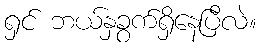
ရှင် ဘယ်နှခွက်ရှိနေပြီလဲ။